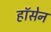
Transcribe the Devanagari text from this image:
हॉसेन